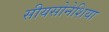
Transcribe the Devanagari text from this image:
सीयसोनेशिया